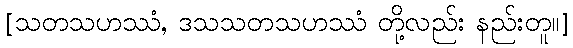
[သတသဟဿံ, ဒသသတသဟဿံ တို့လည်း နည်းတူ။]